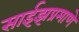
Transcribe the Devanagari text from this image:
साईझप्रमाणे